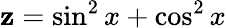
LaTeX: \mathbf{z}=\sin^{2}x+\cos^{2}x